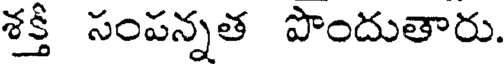
శక్తి సంపన్నత పొందుతారు.